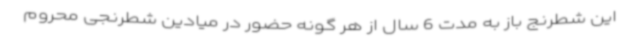
این شطرنج باز به مدت 6 سال از هر گونه حضور در میادین شطرنجی محروم